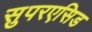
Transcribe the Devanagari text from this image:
सुपरएसिड